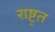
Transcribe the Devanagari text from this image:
राष्ट्रत